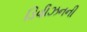
ડિવીઝનની